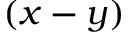
( x - y )